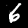
Label: 6